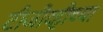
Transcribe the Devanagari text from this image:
टीजीव्हीच्या